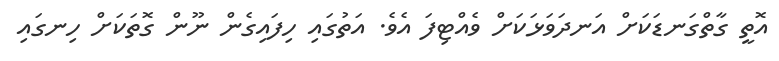
އޮތީ ގާތްގަނޑަކަށް އަނދަވަޅަކަށް ވެއްޓިފަ އެވެ. އަތުގައި ހިފައިގެން ނޫން ގޮތަކަށް ހިނގައި